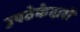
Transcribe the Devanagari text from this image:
उपठेकेदारों